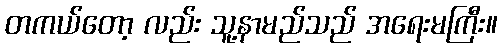
တကယ်တော့ လည်း သူ့နာမည်သည် အရေးမကြီး။